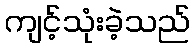
ကျင့်သုံးခဲ့သည်